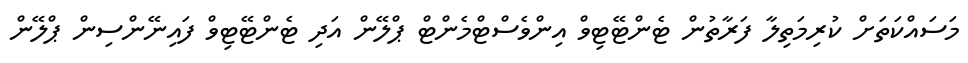
މަސައްކަތަށް ކުރިމަތިލާ ފަރާތުން ޓެންޓޭޓިވް އިންވެސްޓްމެންޓް ޕްލޭން އަދި ޓެންޓޭޓިވް ފައިނޭންސިން ޕްލޭން